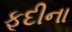
ફૂદીના